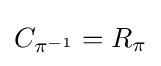
C_{\pi ^{-1}}=R_{\pi }